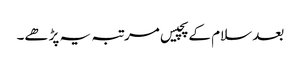
بعد سلام کے پچیس مرتبہ یہ پڑھے۔